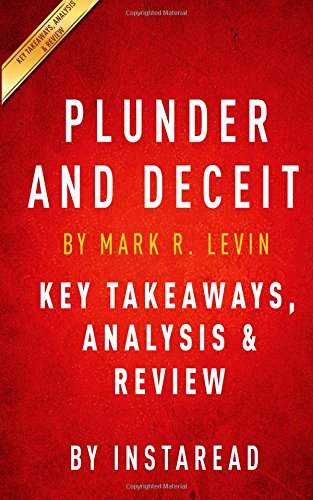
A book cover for Plunder and Deceit: by Mark R. Levin | Key Takeaways, Analysis & Review; Instaread; Business & Money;